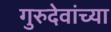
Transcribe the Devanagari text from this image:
गुरुदेवांच्या